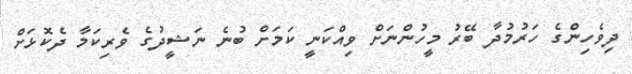
ދިވެހިންގެ ހަރުމުދާ ބޭރު މީހުންނަށް ވިއްކަނީ ކަމަށް ބުނެ ނަޝީދުގެ ވެރިކަމާ ދެކޮޅަށް